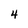
Character: 4